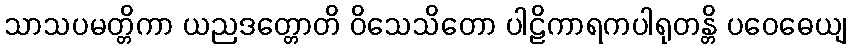
သာသပမတ္တိကာ ယညဒတ္တောတိ ဝိသေသိတော ပါဠိကာရကပါရုတန္တိ ပဝေဓေယျ